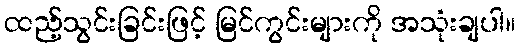
ထည့်သွင်းခြင်းဖြင့် မြင်ကွင်းများကို အသုံးချပါ။